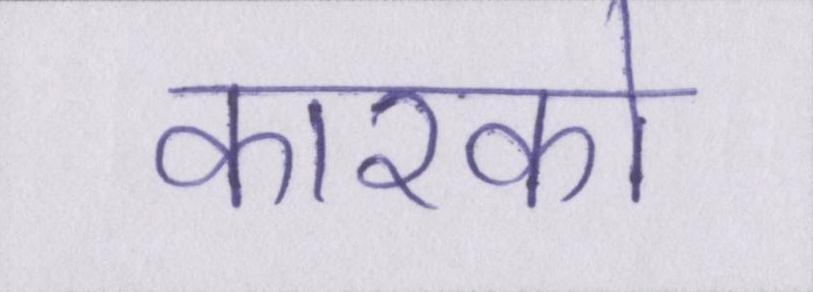
कारको